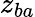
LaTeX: z_{ba}